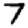
Digit: 7